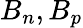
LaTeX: B_{n},B_{p}